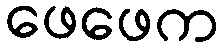
ဖေဖေက